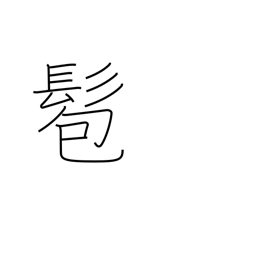
Meaning: bun